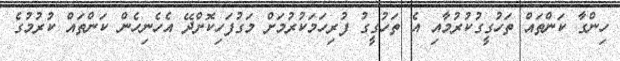
ހިންގާ ކަންތައް ތަހުގީގުކުރުމާއި އެ ތަހުގީގު ފުރިހަމަކުރުމަށް މަގުފަހިކޮށްދޭ އެހެނިހެން ކަންތައް ކުރުމުގެ